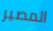
المصير